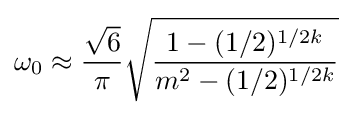
\omega _{0}\approx {\frac {\sqrt {6}}{\pi }}{\sqrt {\frac {1-(1/2)^{1/2k}}{m^{2}-(1/2)^{1/2k}}}}